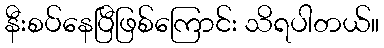
နီးစပ်နေပြီဖြစ်ကြောင်း သိရပါတယ်။